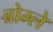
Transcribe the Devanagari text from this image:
ब्रोम्ले